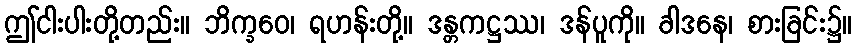
ဤငါးပါးတို့တည်း။ ဘိက္ခဝေ၊ ရဟန်းတို့။ ဒန္တကဋ္ဌဿ၊ ဒန်ပူကို။ ခါဒနေ၊ စားခြင်း၌။